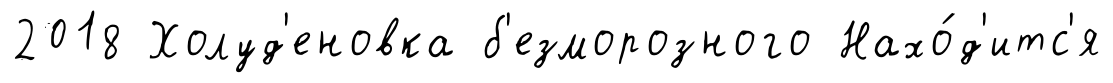
2018 Холуд'еновка б'езморозного Нахо́д'итс'я